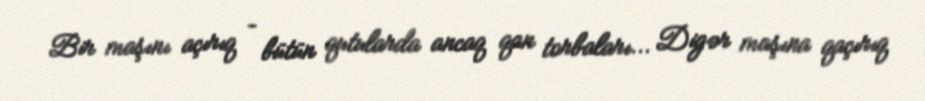
Bir maşını açırıq – bütün qutularda ancaq qan torbaları... Digər maşına qaçırıq